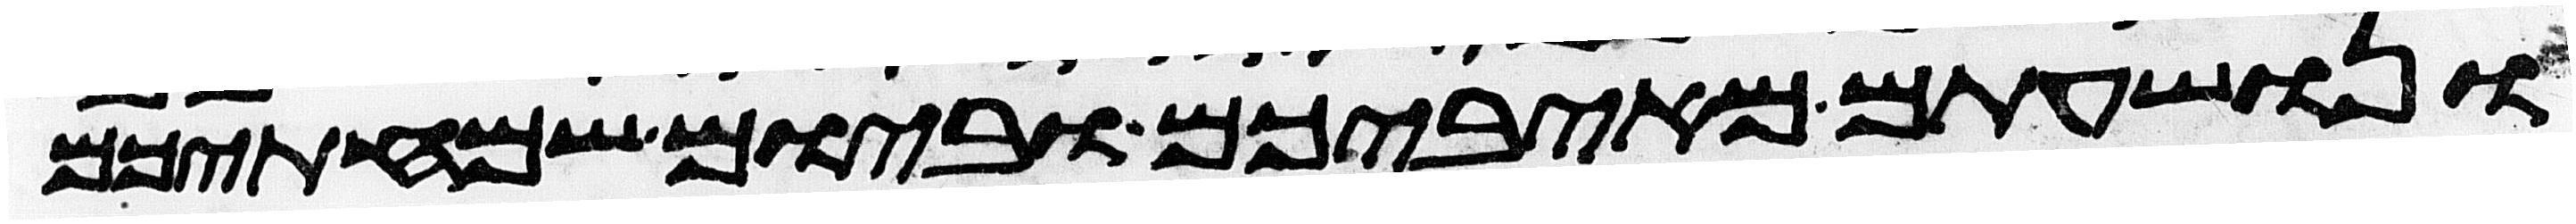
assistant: ונושעתם מאיביכם וביום שמחתיכם